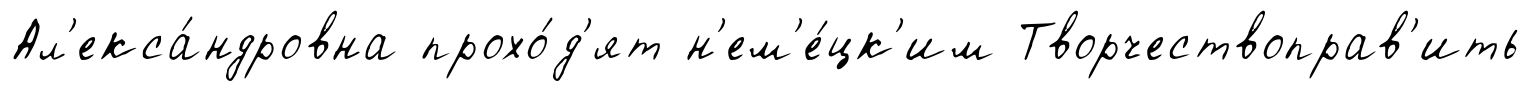
Ал'екса́ндровна прохо́д'ят н'ем'е́цк'им Творчествоправ'ить